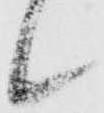
候